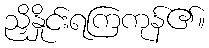
ညှိနှိုင်းရကြကုန်၏။